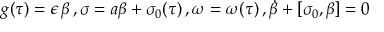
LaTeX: g ( \tau ) = \epsilon \, \beta \, , \sigma = a \beta + \sigma _ { 0 } ( \tau ) \, , \omega = \omega ( \tau ) \, , \dot { \beta } + [ \sigma _ { 0 } , \beta ] = 0